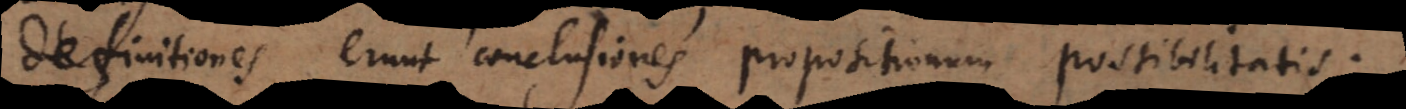
definitiones erunt conclusiones propositionum possibilitatis.